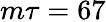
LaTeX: m\tau=67